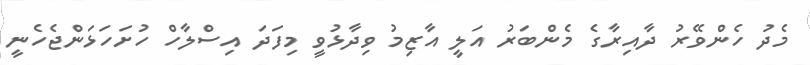
މެދު ހެންވޭރު ދާއިރާގެ މެންބަރު އަލީ އާޒިމު ވިދާޅުވީ މިފަދަ އިސްލާހް ހުށަހަޅަންޖެހެނީ